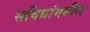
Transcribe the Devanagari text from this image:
सविधांमधील